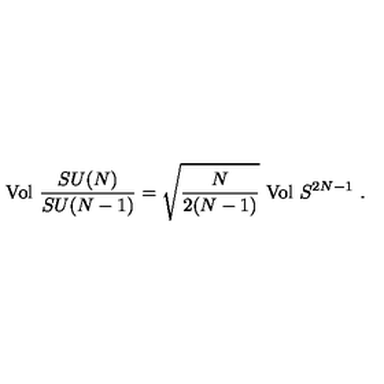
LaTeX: \mathrm { V o l } \ \frac { S U ( N ) } { S U ( N - 1 ) } = \sqrt { \frac { N } { 2 ( N - 1 ) } } \ \mathrm { V o l } \ S ^ { 2 N - 1 } \ .